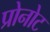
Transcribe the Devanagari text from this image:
प्रोनोट